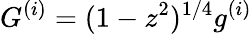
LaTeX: G^{(i)}=(1-z^{2})^{1/4}g^{(i)}